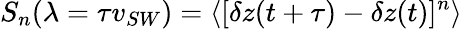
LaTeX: S_{n}(\lambda=\tau v_{{SW}})=\left<[\delta z(t+\tau)-\delta z(t)]^{n}\right>